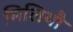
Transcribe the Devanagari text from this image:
मिलियौ